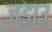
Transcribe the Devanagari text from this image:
जड़ाउ